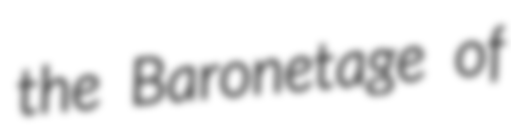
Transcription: the Baronetage of